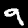
Digit: 9